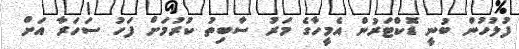
ފުލުހުން ބުނީ ޑޮކްޓަރުން އެމީހާގެ މަރު ސާބިތު ކުރުމަށް ފަހު ސަހަރާ އަށް